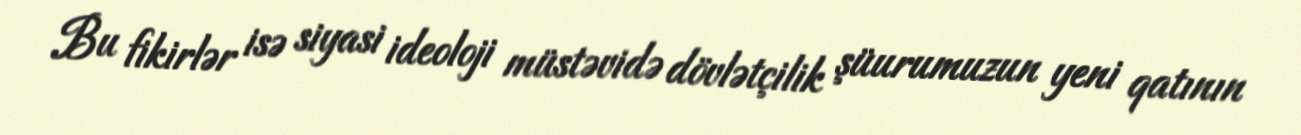
Bu fikirlər isə siyasi ideoloji müstəvidə dövlətçilik şüurumuzun yeni qatının